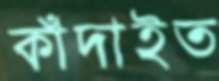
কাঁদাইত